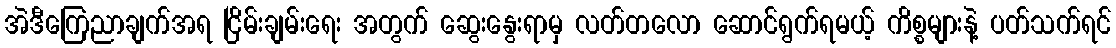
အဲဒီကြေညာချက်အရ ငြိမ်းချမ်းရေး အတွက် ဆွေးနွေးရာမှ လတ်တလော ဆောင်ရွက်ရမယ့် ကိစ္စများနဲ့ ပတ်သက်ရင်